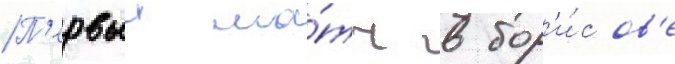
П'ервыи ма́тч в бор'и́сов'е